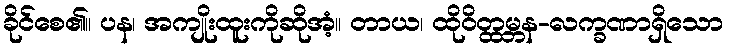
ခိုင်စေ၏။ ပန၊ အကျိုးထူးကိုဆိုအံ့။ တာယ၊ ထိုဝိတ္ထမ္ဘန-လက္ခဏာရှိသော